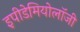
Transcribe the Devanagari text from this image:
इपीडेमियोलॉजी